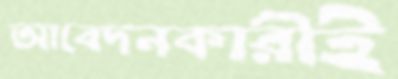
আবেদনকারীই